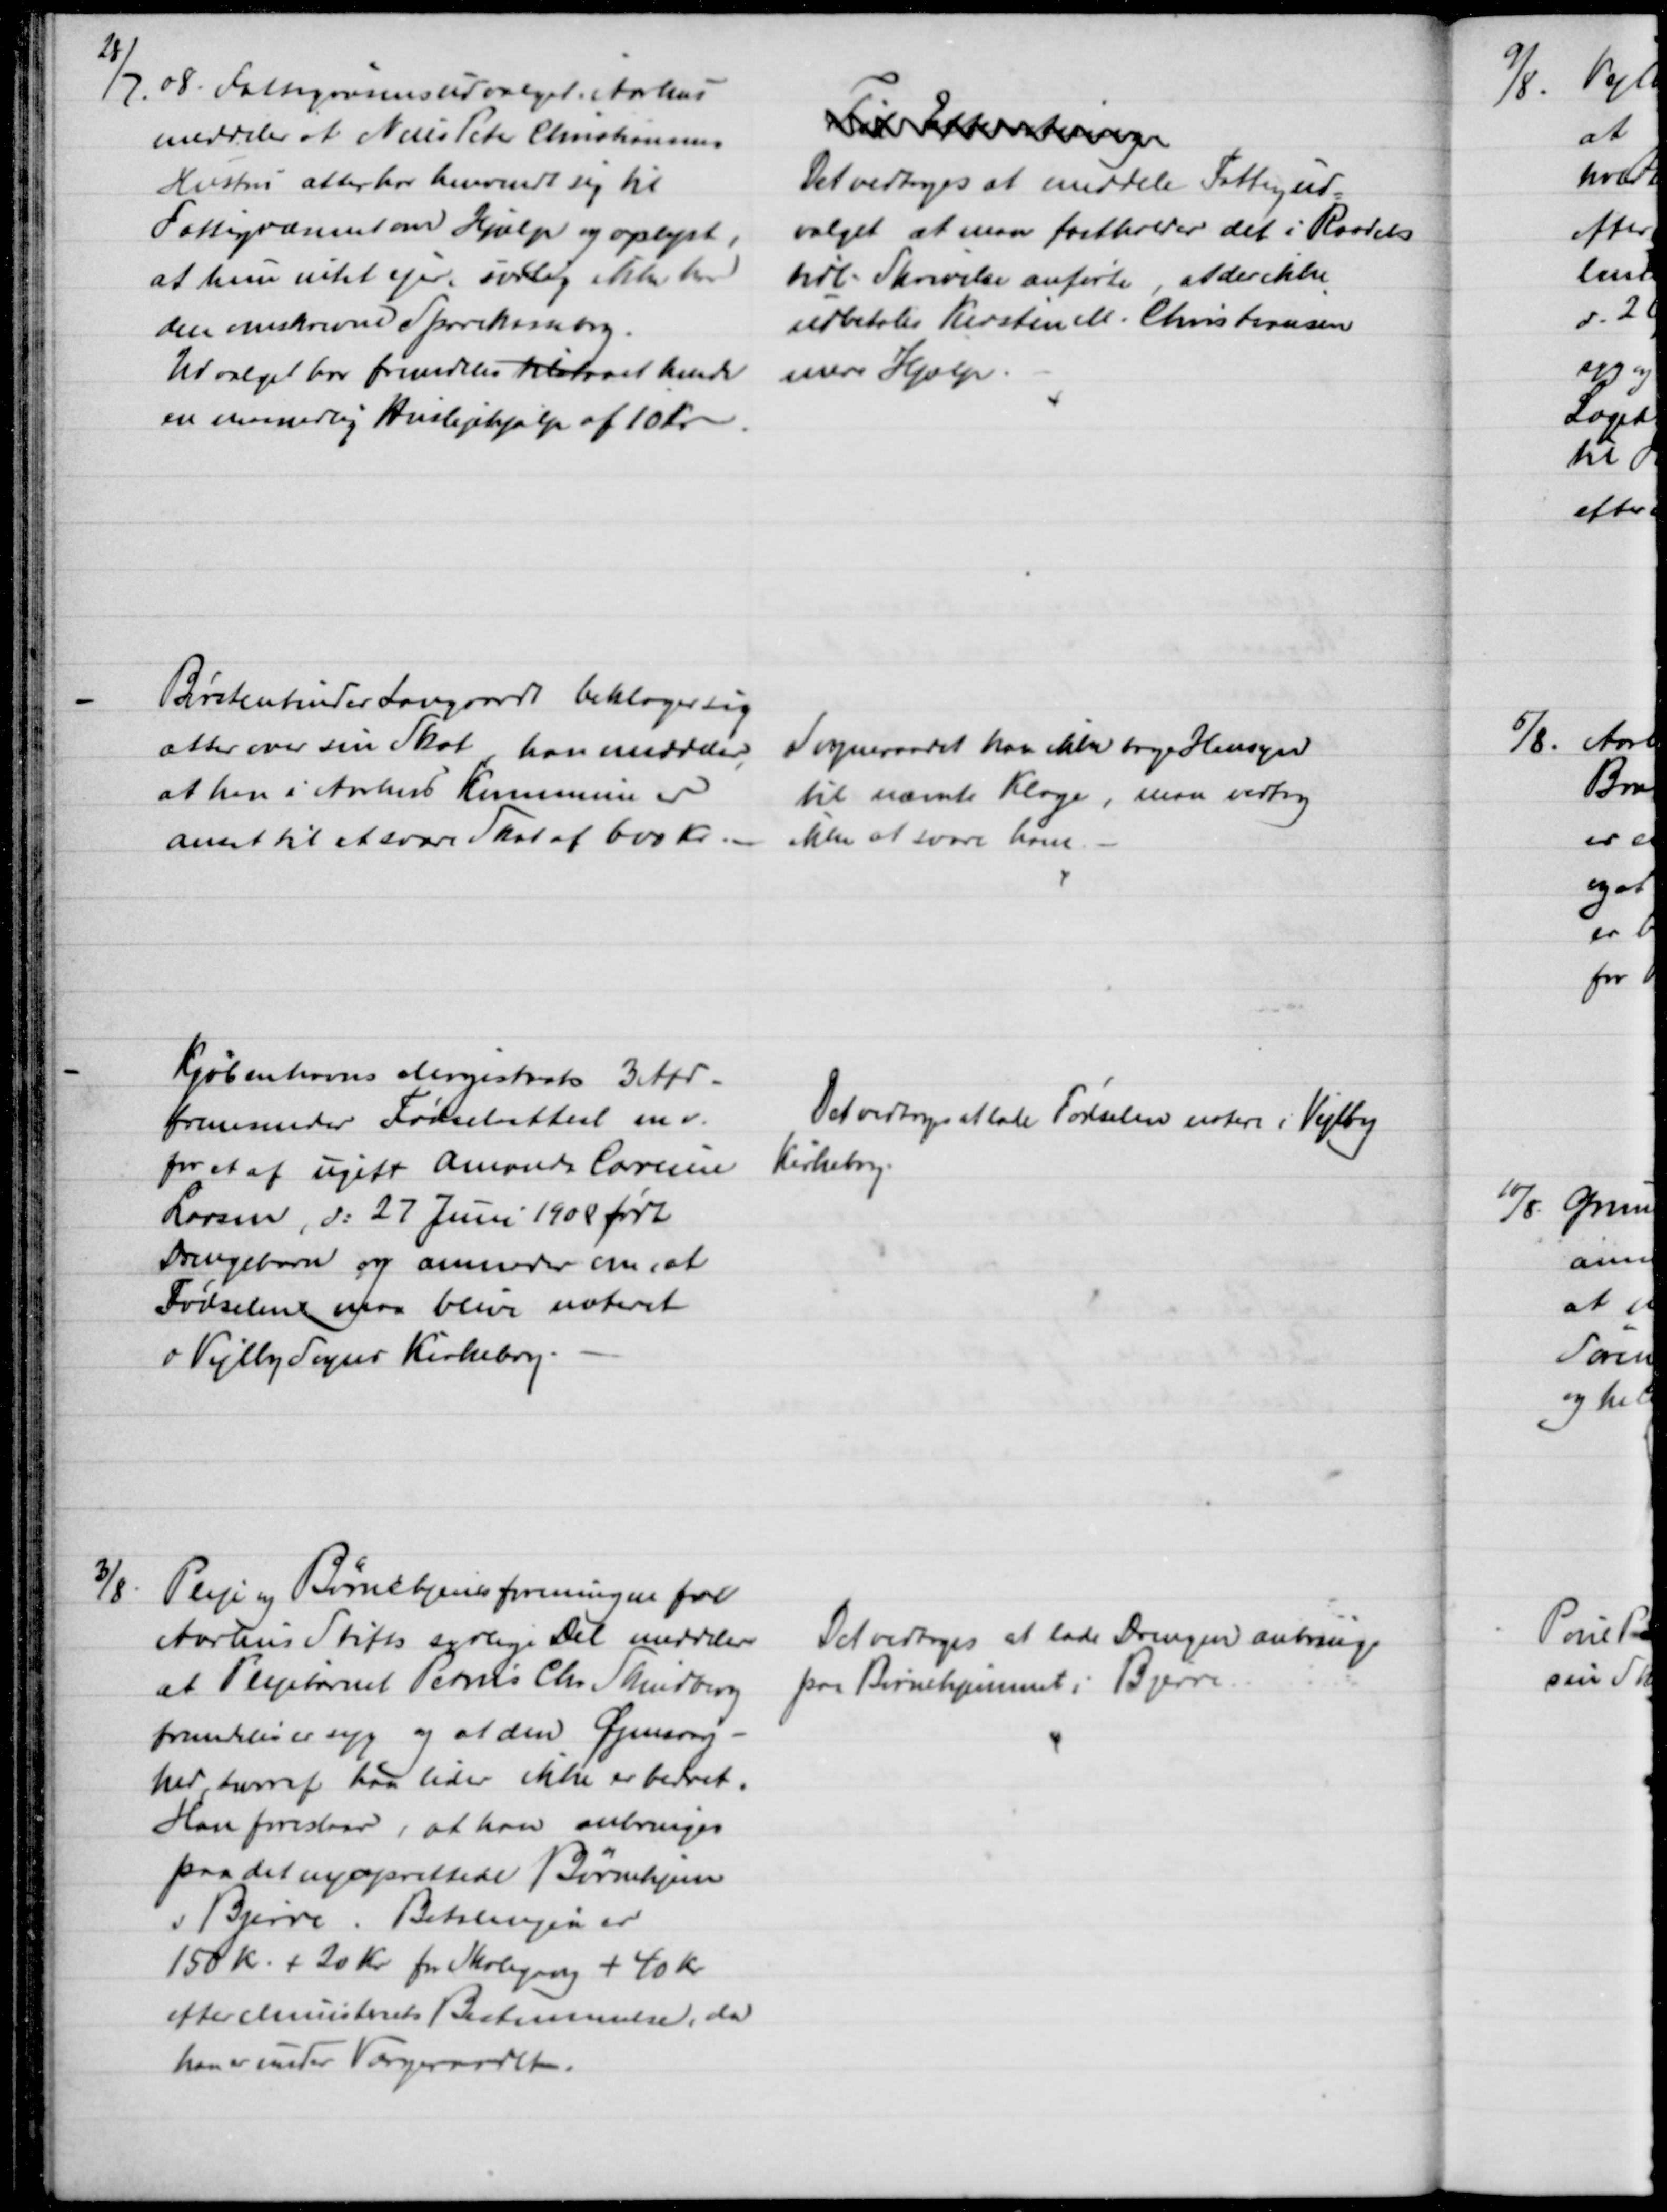
Transskription:
28/7. 08. Fattigvæsensudvalget i Aarhus
meddeler at Niels Peter Christiansens
Hustru atter har henvendt sig til
Fattigvæsenet om Hjælp og oplyst,
at hun intet ejer, særlig ikke har
den omskrevne Sparekassebog.
Udvalget har fremdeles tilstaaet hende
en maanedlig Huslejehjælp af 10 Kr
Til Efterretning
Det vedtoges at meddele Fattigud=
valget at man fastholder det i Raadets
tidl. Skrivelse anførte, at der ikke
udbetales Kirsten M. Christiansen
mere Hjælp.
Børstenbinder Langvardt beklager sig
atter over sin Skat, han meddeler,
at han i Aarhus Kommune er
ansat til at svare Skat af 600 Kr.
Sogneraadet kan ikke tage Hensyn
til nævnte Klage, man vedtog
ikke at svare ham.
Kjøbenhavns Magistrats 3 Afd.
fremsender Fødselsattest m.v.
for et af ugift Amanda Caroline
Larsen, d: 27 Juni 1908 født
Drengebarn og anmoder om, at
Fødselen maa blive noteret
i Vejlby Sogns Kirkebog.
Det vedtoges at lade Fødselen notere i Vejlby
Kirkebog.
3/8. Pleje og Børnehjemsforeningen for
Aarhus Stifts sydlige Del meddeler
at Plejebarnet Petrus Chr. Skindberg
fremdeles er syg og at den Øjensvag-
hed, hvoraf han lider ikke er bedret.
Han foreslaar, at han anbringes
paa det nyoprettede Børnehjem
i Bjerre. Betalingen er
150 kr. + 20 Kr fra Skolegang + 40 Kr
efter Ministeriets Bestemmelse, da
han er uner Værgeraadet.
Det vedtoges at lade Drengen anbringe
paa Børnehjemmet i Bjerre.